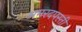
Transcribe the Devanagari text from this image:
अमरदपस्ती